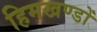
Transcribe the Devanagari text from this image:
हिमखण्डों